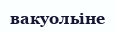
вакуольіне